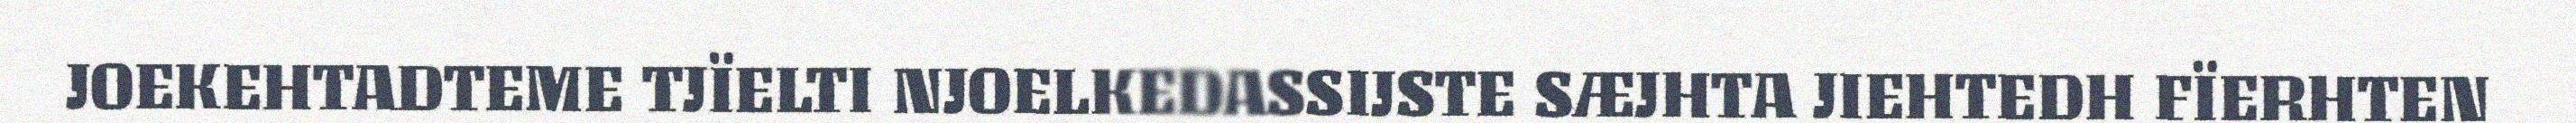
JOEKEHTADTEME TJÏELTI NJOELKEDASSIJSTE SÆJHTA JIEHTEDH FÏERHTEN